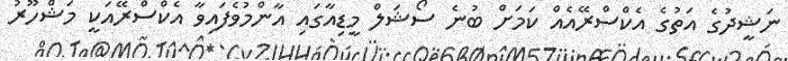
ނަޝީދުގެ އަތުގެ އެކްސްރޭއެއް ކަމަށް ބުނެ ސޯޝަލް މީޑިއާގައި އާންމުވެފައިވާ އެކްސްރޭއަކީ މަޝްހޫރު